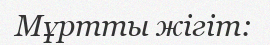
Мұртты жігіт: